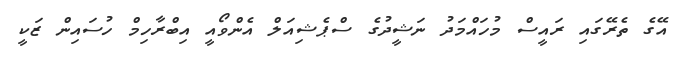
އޭގެ ތެރޭގައި ރައީސް މުހައްމަދު ނަޝީދުގެ ސްޕެޝިއަލް އެންވޯއީ އިބްރާހިމް ހުސައިން ޒަކީ